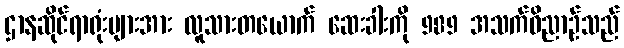
ဌာနဆိုင်ရာရုံးများအား လူသားတယောက် ဆေးခါးကို 989 အသက်ဝိညာဉ်သည်